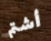
أشتم